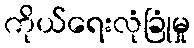
ကိုယ်ရေးလုံခြုံမှု